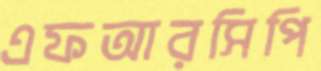
এফআরসিপি